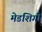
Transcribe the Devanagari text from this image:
मेडशिगी